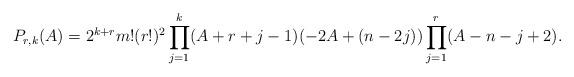
LaTeX: \begin{align*}P_{r,k}(A)=2^{k+r} m! (r!)^2\prod_{j=1}^k(A+r+j-1)(-2A+(n-2j))\prod_{j=1}^r(A-n-j+2).\end{align*}